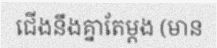
ជើងនឹងគ្នាតែម្តង (មាន